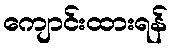
ကျောင်းထားရန်